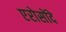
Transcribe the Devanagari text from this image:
एरोसोंदे